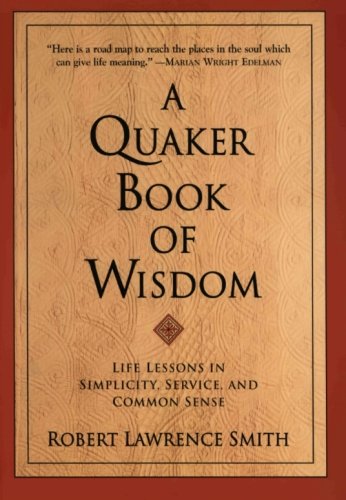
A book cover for A Quaker Book of Wisdom: Life Lessons In Simplicity, Service, And Common Sense; Robert Lawrence Smith; Christian Books & Bibles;